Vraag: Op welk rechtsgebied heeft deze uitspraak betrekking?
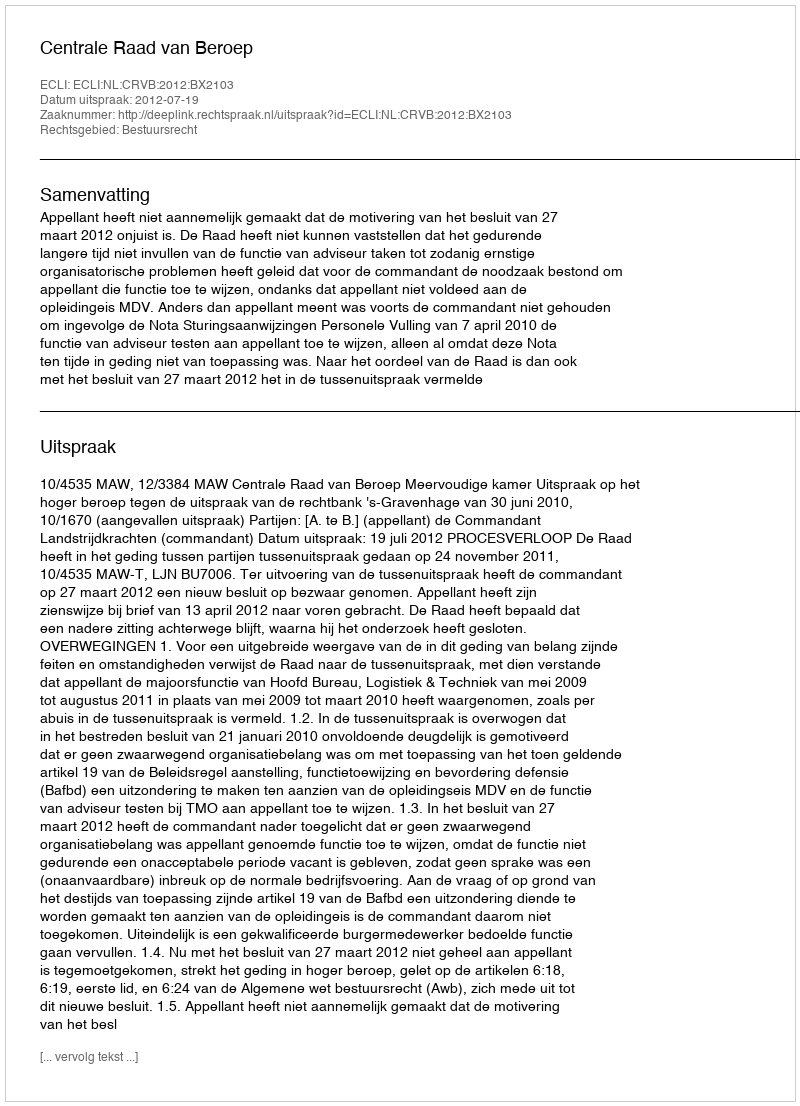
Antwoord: Bestuursrecht